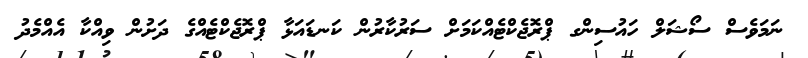
ނަމަވެސް ސޯޝަލް ހައުސިންގ ޕްރޮޖެކްޓެއްކަމަށް ސަރުކާރުން ކަނޑައަޅާ ޕްރޮޖެކްޓެއްގެ ދަށުން ވިއްކާ އެއްމެދު